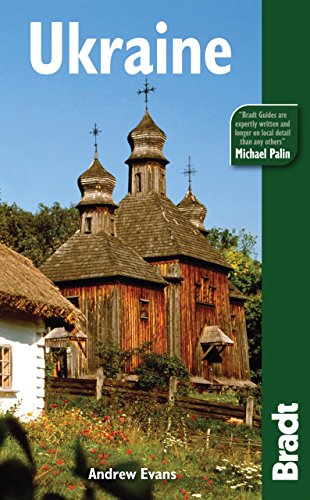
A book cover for Ukraine, 3rd (Bradt Travel Guide Ukraine); Andrew Evans; Travel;